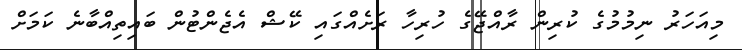
މިއަހަރު ނިމުމުގެ ކުރިން ރާއްޖޭގެ ހުރިހާ ރަށެއްގައި ކޭޝް އެޖެންޓުން ބައިތިއްބާނެ ކަަމަށް